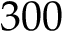
3 0 0